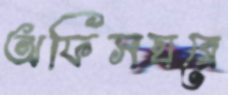
অফিসঘরে